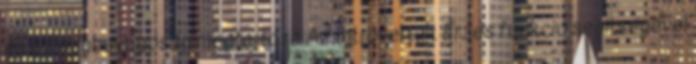
és az egybevágóság megtartása Az Introvertált Érzés funkció segítségével